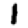
Digit: 1